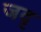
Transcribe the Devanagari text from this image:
जदृ